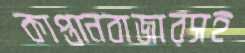
কাপ্তানবাজারসহ